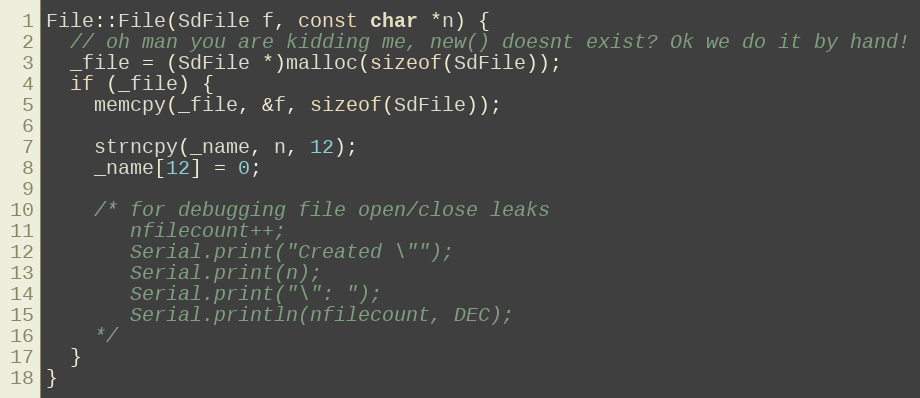
Language: C++
File::File(SdFile f, const char *n) {
  // oh man you are kidding me, new() doesnt exist? Ok we do it by hand!
  _file = (SdFile *)malloc(sizeof(SdFile));
  if (_file) {
    memcpy(_file, &f, sizeof(SdFile));

    strncpy(_name, n, 12);
    _name[12] = 0;

    /* for debugging file open/close leaks
       nfilecount++;
       Serial.print("Created \"");
       Serial.print(n);
       Serial.print("\": ");
       Serial.println(nfilecount, DEC);
    */
  }
}